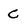
Character: C